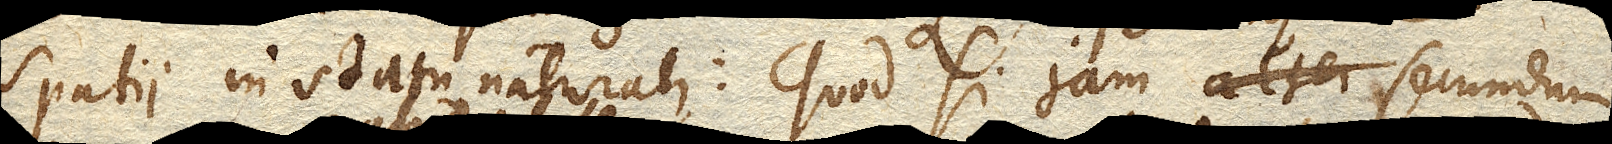
spatii in statu naturali: Quod si jam secundum